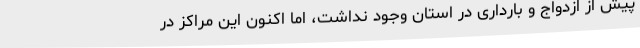
پیش از ازدواج و بارداری در استان وجود نداشت، اما اکنون این مراکز در